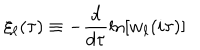
\xi _ { \ell } ( \tau ) \equiv - \frac { d } { d \tau } \ln \left[ w _ { \ell } ( i \tau ) \right]